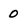
Character: 0